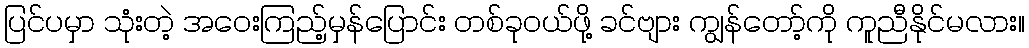
ပြင်ပမှာ သုံးတဲ့ အဝေးကြည့်မှန်ပြောင်း တစ်ခုဝယ်ဖို့ ခင်ဗျား ကျွန်တော့်ကို ကူညီနိုင်မလား။